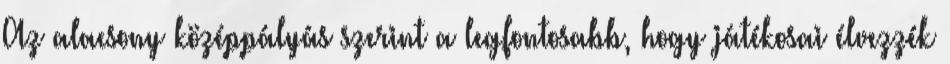
Az alacsony középpályás szerint a legfontosabb, hogy játékosai élvezzék